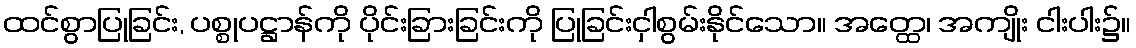
ထင်စွာပြုခြင်း, ပစ္စုပဋ္ဌာန်ကို ပိုင်းခြားခြင်းကို ပြုခြင်းငှါစွမ်းနိုင်သော။ အတ္ထေ၊ အကျိုး ငါးပါး၌။